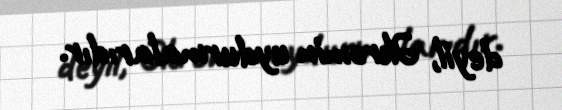
deyil, Əkrəmin uydurmalarıdır.